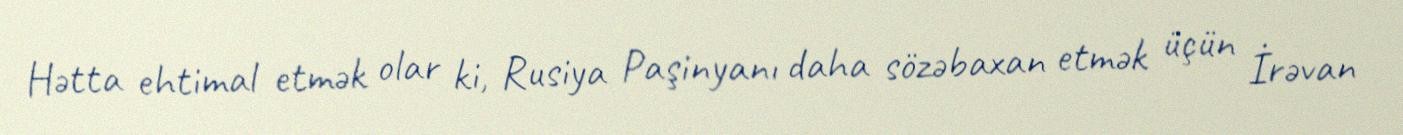
Hətta ehtimal etmək olar ki, Rusiya Paşinyanı daha sözəbaxan etmək üçün İrəvan